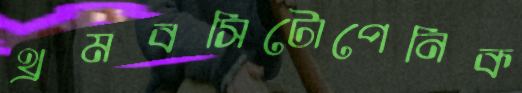
থ্রমবসিটোপেনিক